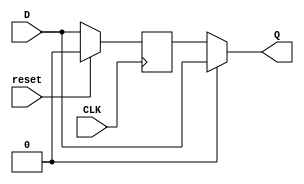
module BLOCK_MUX_DFF #(parameter N = 1) (
    input [N-1:0]D ,
    input CLK, reset,
    output [N-1:0]Q
);
wire sel;
reg Q1;
always@(posedge CLK)begin
    if(reset)begin
        Q1<=0;
    end else begin
        Q1<=D;
    end
end
assign Q=sel?D:Q1;
    
endmodule //end of the mainBlock